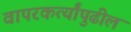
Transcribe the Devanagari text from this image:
वापरकर्त्यांपुढील